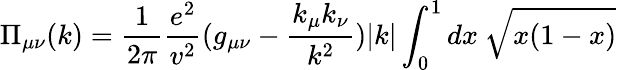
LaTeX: \Pi_{\mu\nu}(k)=\frac{1}{2\pi}\frac{e^{2}}{v^{2}}(g_{\mu\nu}-\frac{k_{\mu}k_{\nu}}{k^{2}})|k|\int_{0}^{1}dx\: \sqrt{x(1-x)}